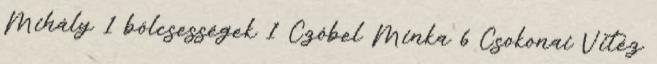
Mihály 1 bölcsességek 1 Czóbel Minka 6 Csokonai Vitéz